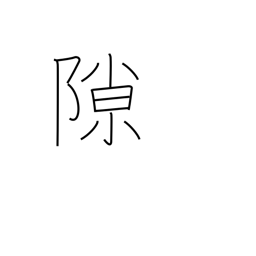
Meaning: crevice